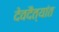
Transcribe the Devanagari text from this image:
देवदैत्यांत